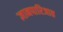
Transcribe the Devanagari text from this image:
ज्ञानपारिजात